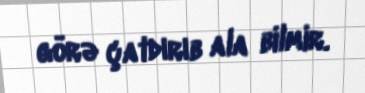
görə çatdırıb ala bilmir.